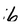
Character: 6